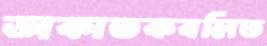
ডাকাতকবলিত